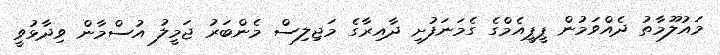
މައުލޫމާތު ދެއްވަމުން ޕީޕީއެމްގެ ގެމަނަފުށި ދާއިރާގެ މަޖިލިސް މެންބަރު ޖަމީލު އުސްމާން ވިދާޅުވީ